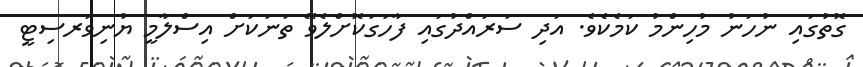
ގޮތުގައި ނުހަނު މުހިންމު ކަމެކެވެ. އަދި ސަރައްދުގައި ފާހަގަކޮށްލެވޭ ތަނަކަށް އިސްލާމީ ޔުނިވަރސިޓީ